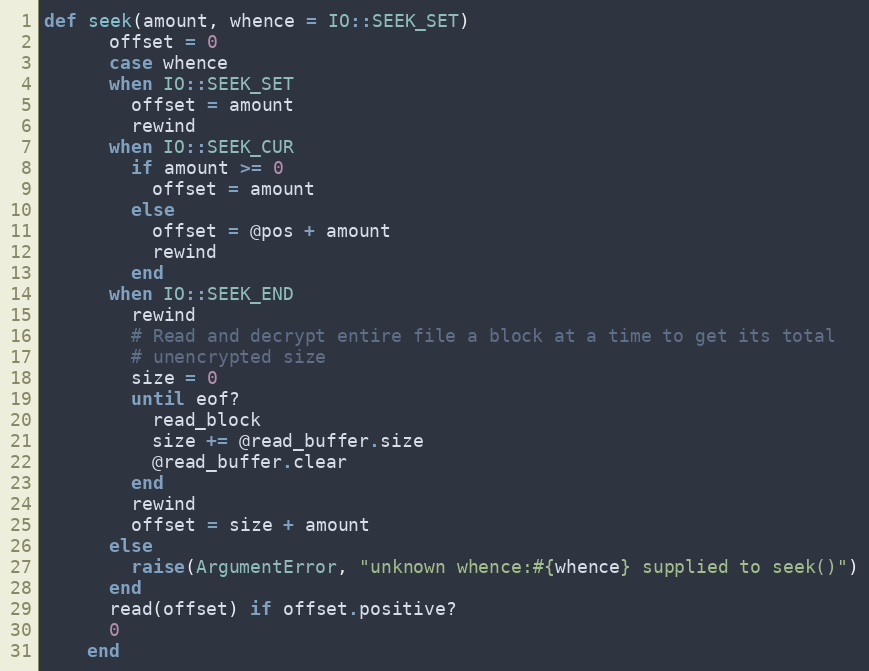
Language: Ruby
def seek(amount, whence = IO::SEEK_SET)
      offset = 0
      case whence
      when IO::SEEK_SET
        offset = amount
        rewind
      when IO::SEEK_CUR
        if amount >= 0
          offset = amount
        else
          offset = @pos + amount
          rewind
        end
      when IO::SEEK_END
        rewind
        # Read and decrypt entire file a block at a time to get its total
        # unencrypted size
        size = 0
        until eof?
          read_block
          size += @read_buffer.size
          @read_buffer.clear
        end
        rewind
        offset = size + amount
      else
        raise(ArgumentError, "unknown whence:#{whence} supplied to seek()")
      end
      read(offset) if offset.positive?
      0
    end